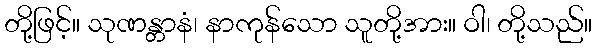
တို့ဖြင့်။ သုဏန္တာနံ၊ နာကုန်သော သူတို့အား။ ဝါ၊ တို့သည်။